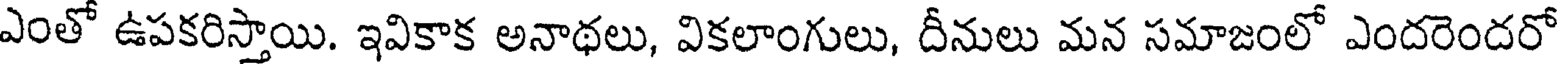
ఎంతో ఉపకరిస్తాయి. ఇవికాక అనాథలు, వికలాంగులు, దీనులు మన సమాజంలో ఎందరెందరో